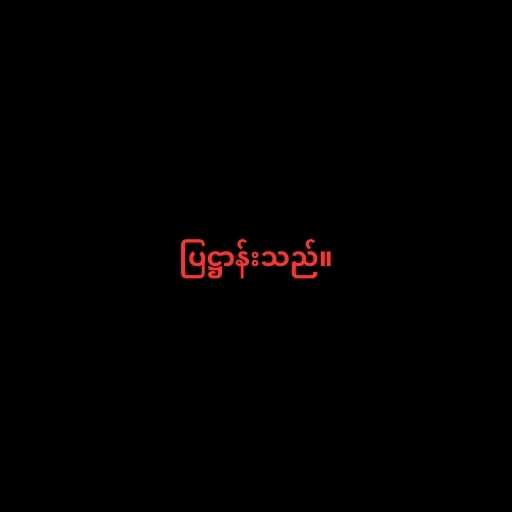
ပြဋ္ဌာန်းသည်။